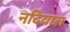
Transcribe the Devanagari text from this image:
नदियाल